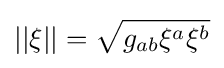
||\xi ||={\sqrt {g_{ab}\xi ^{a}\xi ^{b}}}